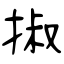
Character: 掓